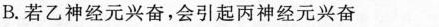
B. 若乙神经元兴奋，会引起丙神经元兴奋